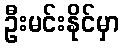
ဦးမင်းနိုင်မှာ